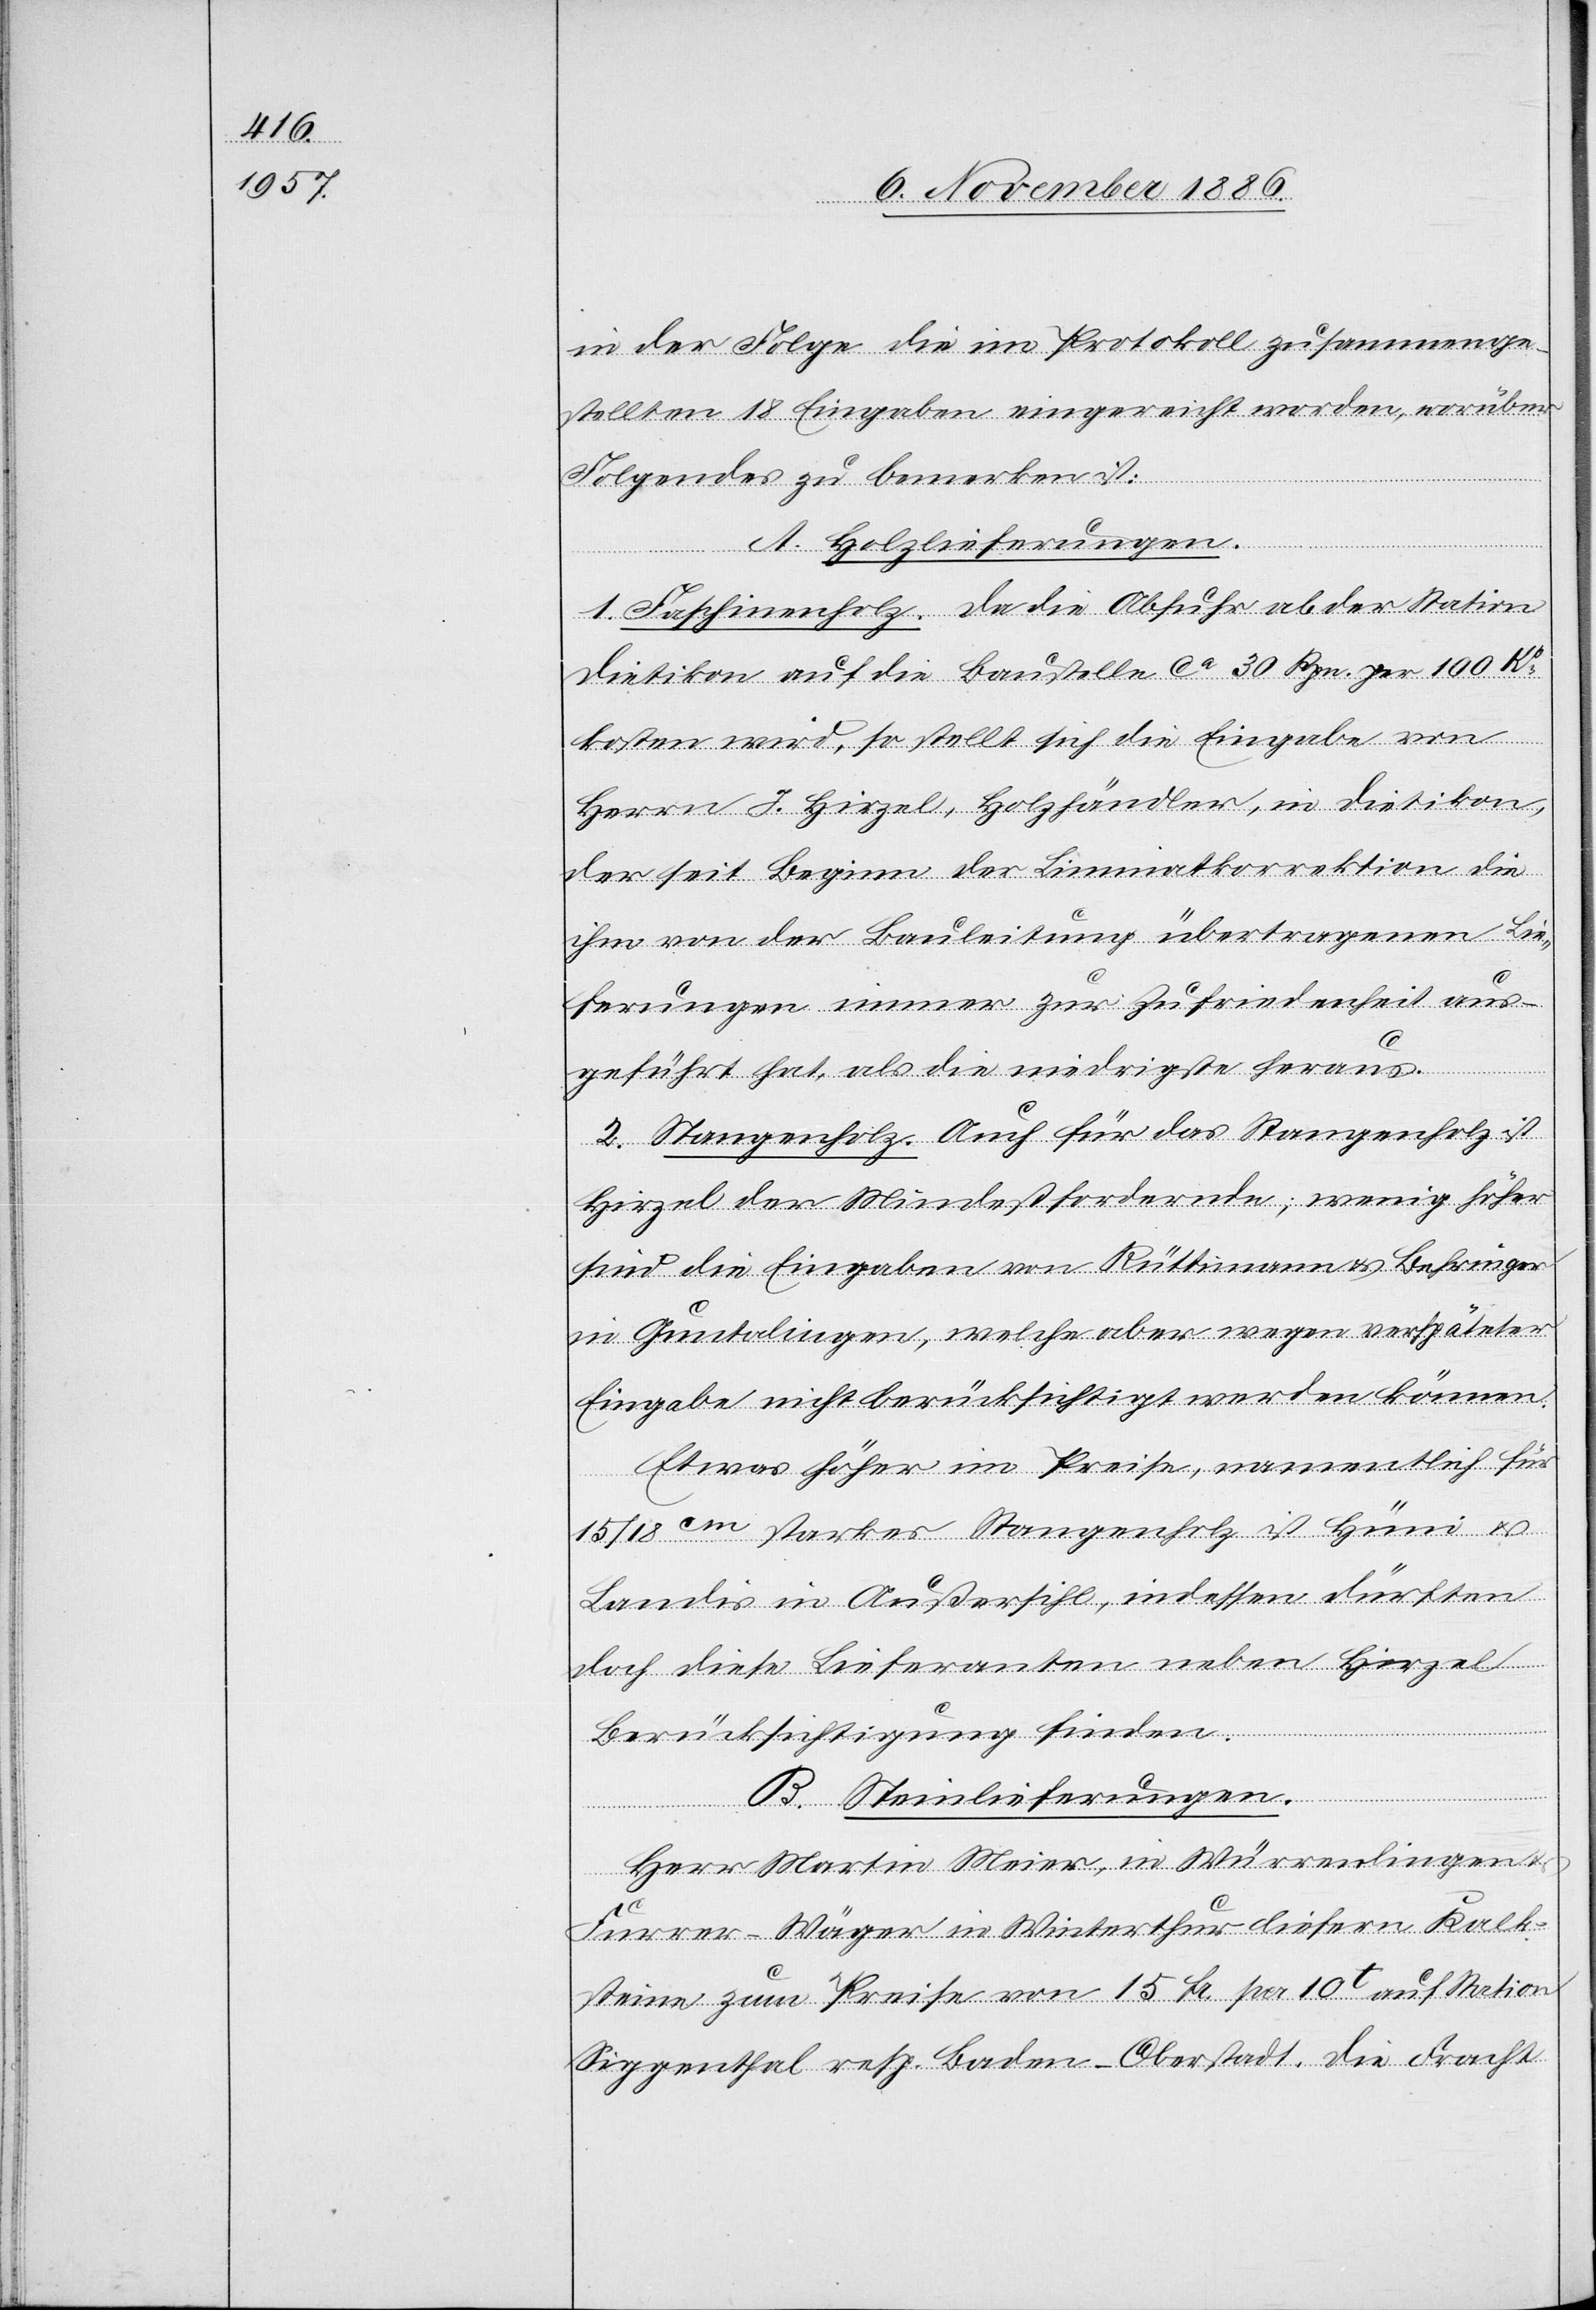
in der Folge die im Protokoll zusammenge¬
stellten 18 Eingaben eingereicht worden, worüber
Folgendes zu bemerken ist:
A. Holzlieferungen.
1. Faschinenholz. Da die Abfuhr ab der Station
Dietikon auf die Baustelle ca 30 Rpn. per 100 Ko
kosten wird, so stellt sich die Eingabe von
Herrn J. Hirzel, Holzhändler, in Dietikon,
der seit Beginn der Limmatkorrektion die
ihm von der Bauleitung übertragenen Lie¬
ferungen immer zur Zufriedenheit aus¬
geführt hat, als die niedrigste heraus.
2. Stangenholz. Auch für das Stangenholz ist
Hirzel der Mindestfordernde; wenig höher
sind die Eingaben von Rüttimann & Behringer
in Guntalingen, welche aber wegen verspäteter
Eingabe nicht berücksichtigt werden können.
Etwas höher im Preise, namentlich für
15/18cm starkes Stangenholz ist Hüni &
Landis in Außersihl, indessen dürften
doch diese Lieferanten neben Hirzel
Berücksichtigung finden.
B. Steinlieferungen.
Herr Martin Meier, in Wärrenlingen &
Furrer-Wäger in Winterthur liefern Kalk¬
steine zum Preise von 15 Fr. per 10t auf Station
Siggenthal resp. Baden - Oberstadt. Die Fracht